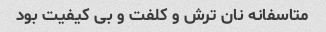
متاسفانه نان ترش و کلفت و بی کیفیت بود